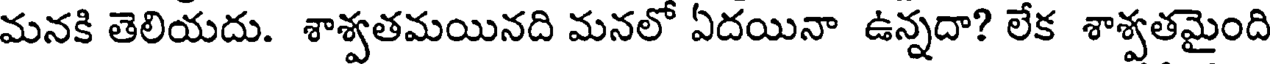
మనకి తెలియదు. శాశ్వతమయినది మనలో ఏదయినా ఉన్నదా? లేక శాశ్వతమైంది